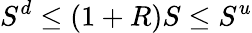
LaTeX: S^{d}\leq(1+R)S\leq S^{u}